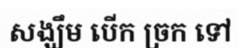
សង្ឃឹម បើក ច្រក ទៅ